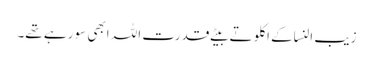
زیب النساکے اکلوتے بیٹے قدرت اللہ ابھی سو رہے تھے۔